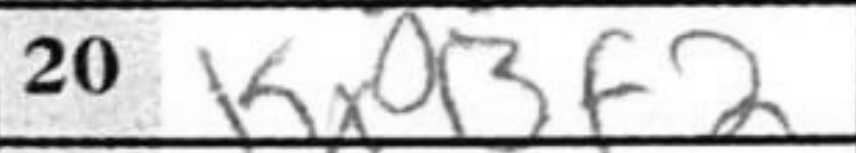
Transcription: KxBf2